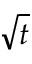
\sqrt { t }